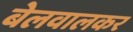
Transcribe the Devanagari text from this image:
बेलवालकर